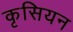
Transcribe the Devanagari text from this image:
कृसियन